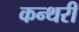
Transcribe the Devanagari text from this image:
कन्थरी